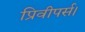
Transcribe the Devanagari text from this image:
प्रिवीपर्स।